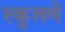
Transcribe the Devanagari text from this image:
स्कूलमें